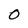
Character: O